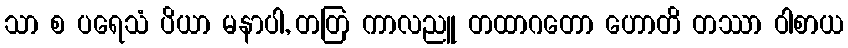
သာ စ ပရေသံ ပိယာ မနာပါ, တတြ ကာလညူ တထာဂတော ဟောတိ တဿာ ဝါစာယ